Civil Veterinary Department. United Provinces 1912-22 - 1912-1922
Year: 1912
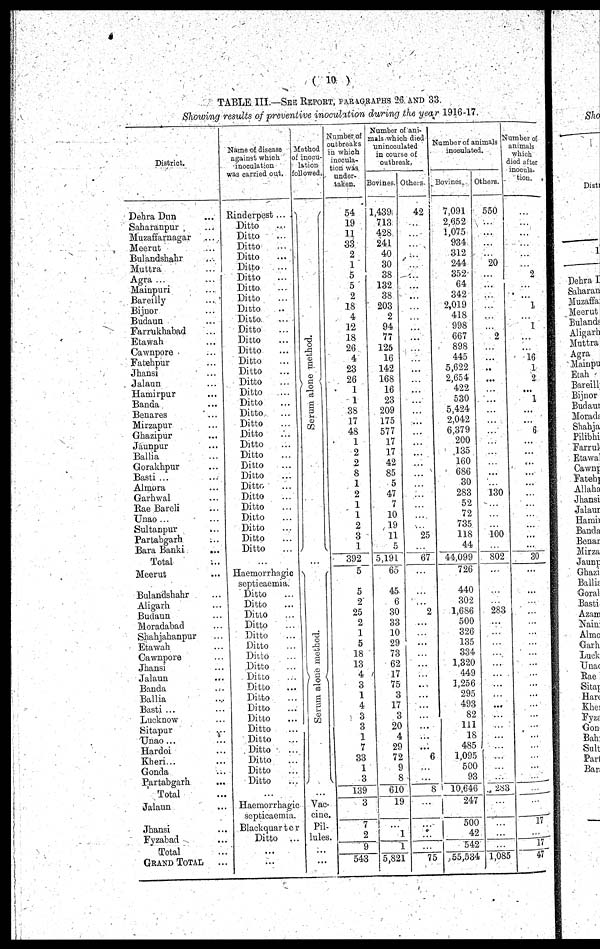
( 10 )
TABLE III.—SEE REPORT, PARAGRAPHS 26 AND 33.
Showing results of preventive inoculation during the year 1916-17.
District.
Dehra Dun ...
Saharanpur ...
Muzaffarnagar ...
Meerut ...
Bulandshahr ...
Muttra ...
Agra ... ...
Mainpuri ...
Bareilly ...
Bijnor ...
Budaun ...
Farrukhabad ...
Etawah ...
Cawnpore ...
Fatehpur ...
Jhansi ...
Jalaun ...
Hamirpur ...
Banda ...
Benares ...
Mirzapur ...
Ghazipur ...
Jaunpur ...
Ballia ...
Gorakhpur ...
Basti ... ...
Almora ...
Garhwal ...
Rae Bareli ...
Unao ...
Sultanpur ...
Partabgarh ...
Bara Banki
...
Total ...
Meerut ...
Bulandshahr ...
Aligarh ...
Budaun ...
Moradabad ...
Shahjahanpur ...
Etawah ...
Cawnpore ...
Jhansi ...
Jalaun ...
Banda ...
Ballia ...
Basti ... ...
Lucknow ...
Sitapur ...
Unao ... ...
Hardoi ...
Kheri... ...
Gonda ...
Partabgarh ...
Total
Jalaun ...
Jhansi ...
Fyzabad ...
Total ...
GRAND TOTAL ...
Name of disease
against which
inoculation
was carried out.
Rinderpest ...
Ditto ...
Ditto ...
Ditto ...
Ditto ...
Ditto ...
Ditto ...
Ditto ...
Ditto ...
Ditto ...
Ditto ...
Ditto ...
Ditto ...
Ditto ...
Ditto ...
Ditto ...
Ditto ...
Ditto
...
Ditto ...
Ditto ...
Ditto ...
Ditto ...
Ditto ...
Ditto ...
Ditto ...
Ditto ...
Ditto ...
Ditto ...
Ditto ...
Ditto ...
Ditto ...
Ditto ...
Ditto ...
...
Haemorrhagic
septicaemia.
Ditto ...
Ditto ...
Ditto ...
Ditto ...
Ditto ...
Ditto ...
Ditto ...
Ditto ...
Ditto ...
Ditto ...
Ditto ...
Ditto ...
Ditto ...
Ditto ...
Ditto ...
Ditto ...
Ditto ...
Ditto ...
Ditto ...
...
Haemorrhagic
septicaemia.
Blackquarter
Ditto ...
...
...
Method
inocu-
lation
allowed
Serum alone method.
Serum alone method.
...
Vac-
cine.
Pil-
lules.
...
Number of
outbreaks
in which
inocula-
tion was
under-
taken.
54
19
11
33
2
1
5
5
2
18
4
12
18
26
4
23
26
1
1
38
17
48
1
2
2
8
1
2
1
1
2
3
1
392
5
5
2
25
2
1
5
18
13
4
3
1
4
3
3
1
7
33
1
3
139
3
7
2
9
543
Number of ani-
mals which died
uninoculated
in course of
outbreak.
Bovines.
1,439
713
428
241
40
30
38
132
38
203
2
94
77
125
16
142
168
16
23
209
175
577
17
17
42
85
5
47
7
10
19
11
5
5,191
65
45
6
30
33
10
29
73
62
17
75
3
17
3
20
4
29
72
9
8
610
19
...
l
1
5,821
Others.
42
...
...
...
...
...
...
...
...
...
...
...
...
...
...
...
...
...
...
...
...
...
...
...
...
...
...
...
...
...
...
25
...
67
...
...
...
2
...
...
...
...
...
...
...
...
...
...
...
...
...
6
...
...
8
...
...
...
...
75
Number of animals
inoculated.
Bovines.
7,091
2,652
1,075
934
312
244
352
64
342
2,019
418
998
667
898
445
5,622
2,654
422
530
5,424
2,042
6,379
200
135
160
686
30
283
52
72
735
118
44
44,099
726
440
302
1,686
500
326
135
334
1,320
449
1,256
295
493
82
111
18
485
1,095
500
93
10,646
247
500
42
542
55,534
Others.
550
...
...
...
...
20
...
...
...
...
...
...
2
...
...
...
...
...
...
...
...
...
...
...
...
...
...
130
...
...
...
100
...
802
...
...
...
283
...
...
...
...
...
...
...
...
...
...
...
...
...
...
...
...
283
...
...
...
...
1,085
Number of
animals
which
died after
inocula-
tion.
...
...
...
...
...
...
2
...
...
1
...
1
...
...
16
1
2
...
1
...
...
6
...
...
...
...
...
...
...
...
...
...
...
30
...
...
...
...
...
...
...
...
...
...
...
...
...
...
...
...
...
...
...
...
...
...
17
...
17
47